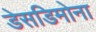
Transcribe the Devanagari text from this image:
डेसडिमोना